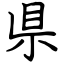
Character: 県